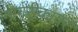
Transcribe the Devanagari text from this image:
नागरीकावर